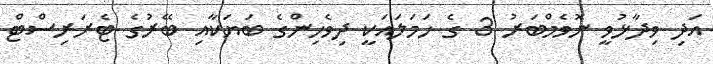
އަދި ވިދާޅުވީ ނޮވެމްބަރު 3 ގެ ހަމަލައަކީ ދިވެހިންގެ ބަޔަކާއި ބޭރުގެ ޓެރަރިސްޓް